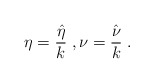
\begin{align*}\eta = \frac{\hat{\eta}}{k} \;, \nu = \frac{\hat{\nu}}{k} \;.\end{align*}